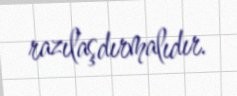
razılaşdırmalıdır.